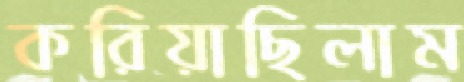
করিয়াছিলাম